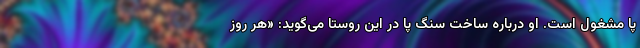
پا مشغول است. او درباره ساخت سنگ پا در این روستا می‌گوید: «هر روز